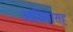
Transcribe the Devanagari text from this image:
आशियासह